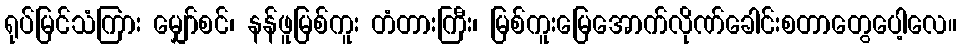
ရုပ်မြင်သံကြား မျှော်စင်၊ နန်ဖူမြစ်ကူး တံတားကြီး၊ မြစ်ကူးမြေအောက်လိုဏ်ခေါင်းစတာတွေပေါ့လေ။